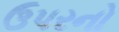
ઉપરનો